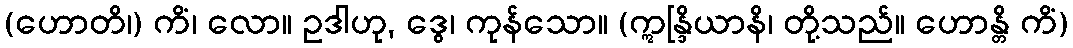
(ဟောတိ၊) ကိံ၊ လော။ ဥဒါဟု, ဒွေ၊ ကုန်သော။ (ဣန္ဒြိယာနိ၊ တို့သည်။ ဟောန္တိ ကိံ)